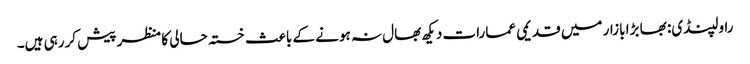
راولپنڈی: بھا بڑا بازار میں قدیمی عمارات دیکھ بھال نہ ہونے کے باعث خستہ حالی کا منظر پیش کررہی ہیں۔